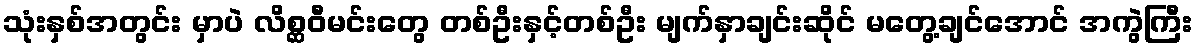
သုံးနှစ်အတွင်း မှာပဲ လိစ္ဆဝီမင်းတွေ တစ်ဦးနှင့်တစ်ဦး မျက်နှာချင်းဆိုင် မတွေ့ချင်အောင် အကွဲကြီး